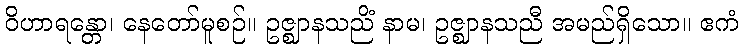
ဝိဟာရန္တော၊ နေတော်မူစဉ်။ ဥဇ္ဈာနသညိံ နာမ၊ ဥဇ္ဈာနသညီ အမည်ရှိသော။ ဧကံ